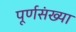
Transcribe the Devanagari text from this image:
पूर्णसंख्या